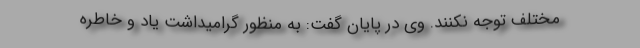
مختلف توجه نکنند. وی در پایان گفت: به منظور گرامیداشت یاد و خاطره